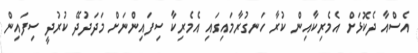
އެސްއާ ދެކޮޅަށް އެމެރިކާއިން ކުރާ ހަނގުރާމައިގައި އެމެރިކާ ސިފައިންނަށް މަދަދުދޭ ކުރުދީ ސިފައިން